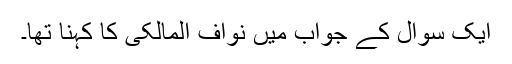
ایک سوال کے جواب میں نواف المالکی کا کہنا تھا۔